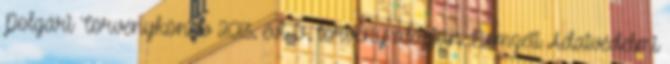
Polgári Törvénykönyv 2013. évi V. törvény alapján Nemzeti Adatvédelmi